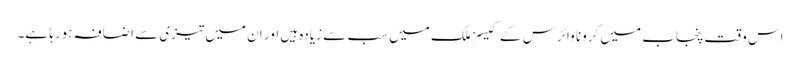
اس وقت پنجاب میں کرونا وائرس کے کیسز ملک میں سب سے زیادہ ہیں اور ان میں تیزی سے اضافہ ہورہا ہے۔